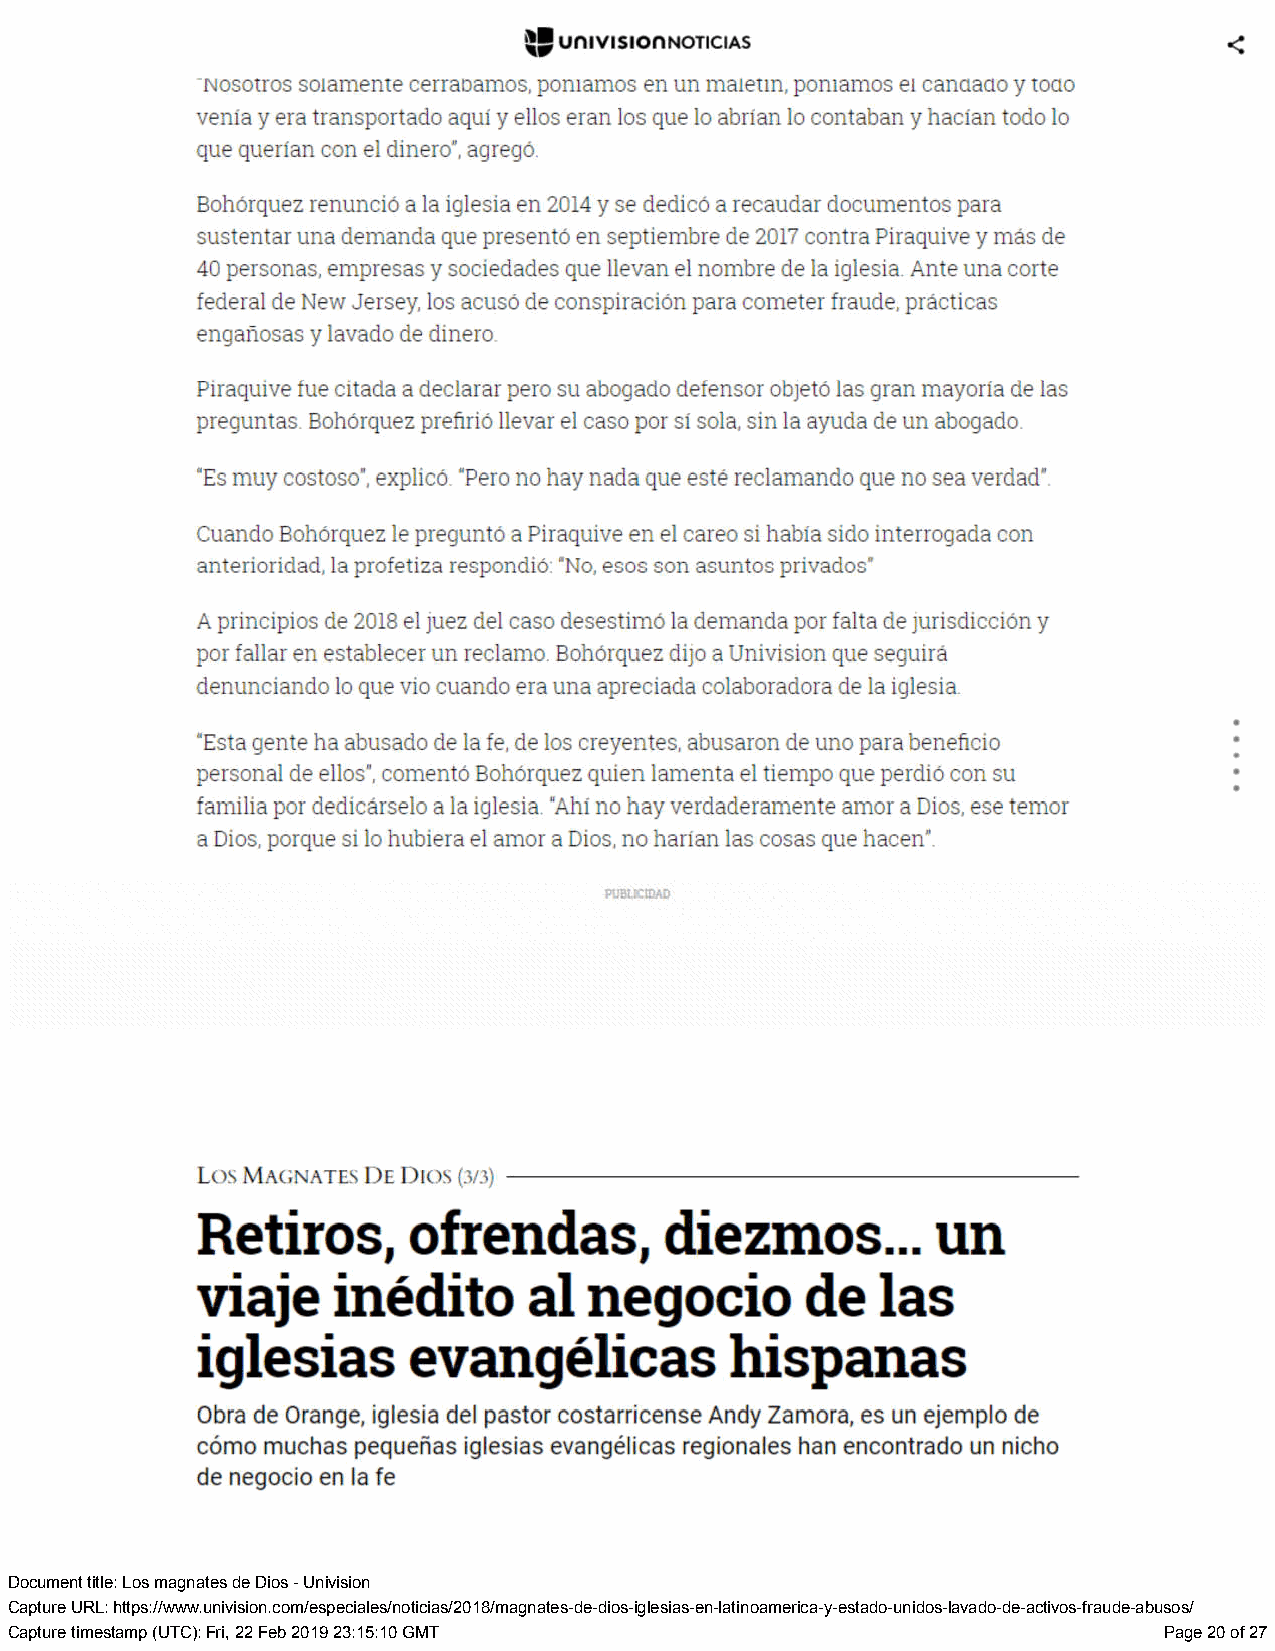
Document title: Los magnates de Dios - Univision
 Capture URL: https://www.univision.com/especiales/noticias/2018/magnates-de-dios-iglesias-en-latinoamerica-y-estado-unidos-lavado-de-activos-fraude-abusos/
 Capture timestamp (UTC): Fri, 22 Feb 2019 23:15:10 GMT                       Page 20 of 27